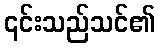
၎င်းသည်သင်၏